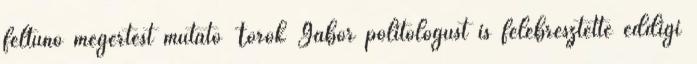
feltűnő megértést mutató Török Gábor politológust is felébresztette eddigi